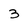
Character: 3